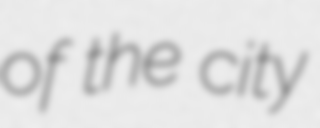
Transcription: of the city